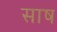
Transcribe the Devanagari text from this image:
साष